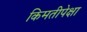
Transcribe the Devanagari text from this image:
किमतीपेक्षा